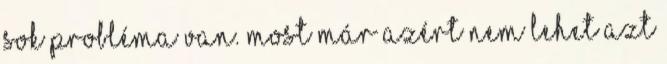
sok probléma van. Most már azért nem lehet azt